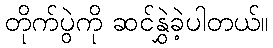
တိုက်ပွဲကို ဆင်နွှဲခဲ့ပါတယ်။